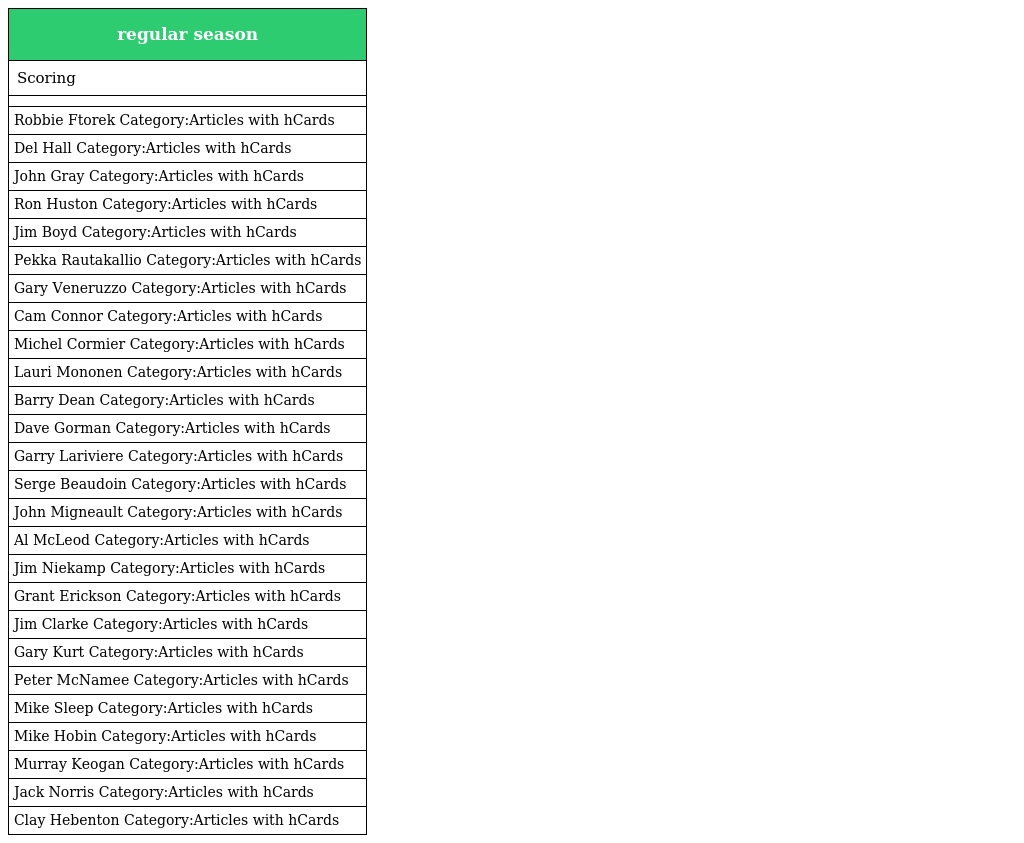
| regular season |
 | --- |
 | Scoring |
 |  |
 | Robbie Ftorek Category:Articles with hCards |
 | Del Hall Category:Articles with hCards |
 | John Gray Category:Articles with hCards |
 | Ron Huston Category:Articles with hCards |
 | Jim Boyd Category:Articles with hCards |
 | Pekka Rautakallio Category:Articles with hCards |
 | Gary Veneruzzo Category:Articles with hCards |
 | Cam Connor Category:Articles with hCards |
 | Michel Cormier Category:Articles with hCards |
 | Lauri Mononen Category:Articles with hCards |
 | Barry Dean Category:Articles with hCards |
 | Dave Gorman Category:Articles with hCards |
 | Garry Lariviere Category:Articles with hCards |
 | Serge Beaudoin Category:Articles with hCards |
 | John Migneault Category:Articles with hCards |
 | Al McLeod Category:Articles with hCards |
 | Jim Niekamp Category:Articles with hCards |
 | Grant Erickson Category:Articles with hCards |
 | Jim Clarke Category:Articles with hCards |
 | Gary Kurt Category:Articles with hCards |
 | Peter McNamee Category:Articles with hCards |
 | Mike Sleep Category:Articles with hCards |
 | Mike Hobin Category:Articles with hCards |
 | Murray Keogan Category:Articles with hCards |
 | Jack Norris Category:Articles with hCards |
 | Clay Hebenton Category:Articles with hCards |